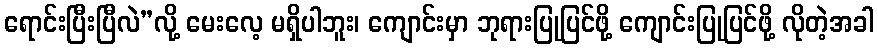
ရောင်းပြီးပြီလဲ”လို့ မေးလေ့ မရှိပါဘူး၊ ကျောင်းမှာ ဘုရားပြုပြင်ဖို့ ကျောင်းပြုပြင်ဖို့ လိုတဲ့အခါ